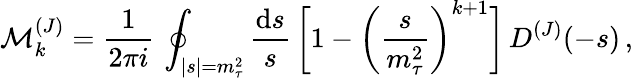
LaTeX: {\cal M}_{k}^{(J)}={\frac{1}{2\pi i}}\, \oint_{|s|=m_{\tau}^{2}}{\frac{\mathrm{d}s}{s}}\, \bigg[1-\bigg({\frac{s}{m_{\tau}^{2}}}\bigg)^{k+1}\bigg]\, D^{(J)}(-s)\, ,